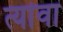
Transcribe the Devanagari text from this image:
त्यांवा